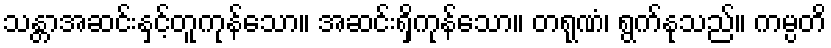
သန္တာအဆင်းနှင့်တူကုန်သော။ အဆင်းရှိကုန်သော။ တရုဏံ၊ ရွက်နုသည်။ ကမ္ပတိ